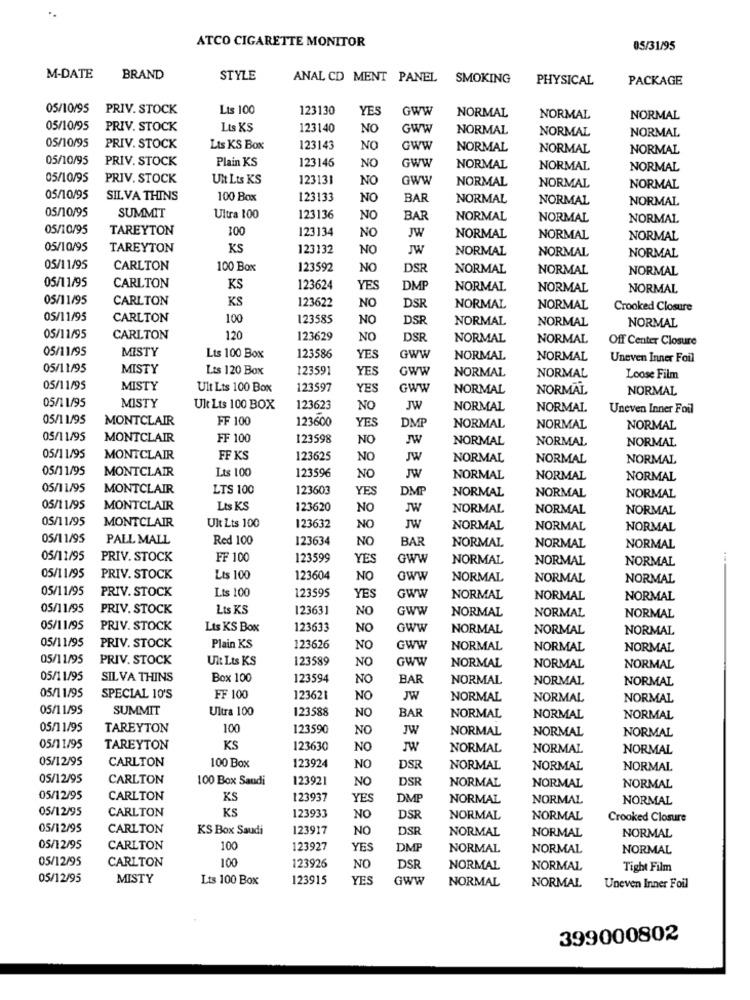
ATCO CIGARETTE MONITOR
05/31/95
M-DATE
BRAND
STYLE
ANAL CD MENT PANEL
SMOKING
PHYSICAL
PACKAGE
05/10/95 PRIV. STOCK
Lts 100
123130
YES
GWW
NORMAL
NORMAL
NORMAL
05/10/95
PRIV. STOCK
Lts KS
123140
NO
GWW
NORMAL
NORMAL
NORMAL
05/10/95
PRIV. STOCK
Lts KS Box
123143
NO
GWW
NORMAL
NORMAL
NORMAL
05/10/95
PRIV. STOCK
Plain KS
123146
GWW
NO
NORMAL
NORMAL
NORMAL
05/10/95
PRIV. STOCK
Ult Lts KS
123131
NO
GWW
NORMAL
NORMAL
NORMAL
05/10/95
SILVA THINS
100 Box
123133
NO
BAR
NORMAL
NORMAL
NORMAL
05/10/95
SUMMIT
Ultra 100
123136
NO
BAR
NORMAL
NORMAL
NORMAL
05/10/95
TAREYTON
100
123134
JW
NO
NORMAL
NORMAL
NORMAL
05/10/95
TAREYTON
KS
123132
NO
JW
NORMAL
NORMAL
NORMAL
05/11/95
CARLTON
100 Box
123592
NO
DSR
NORMAL
NORMAL
NORMAL
05/11/95
CARLTON
KS
123624
YES
DMF
NORMAL
NORMAL
NORMAL
05/11/95
CARLTON
KS
123622
NO
DSR
NORMAL
NORMAL
Crooked Closure
05/11/95
CARLTON
100
123585
NO
DSR
NORMAL
NORMAL
NORMAL
05/11/95
CARLTON
120
123629
NO
DSR
NORMAL
NORMAL
Off Center Closure
05/11/95
MISTY
Lts 100 Box
123586
YES
GWW
NORMAL
NORMAL
Uneven Inner Foil
05/11/95
MISTY
Lts 120 Box
123591
YES
GWW
NORMAL
NORMAL
Loose Film
05/11/95
MISTY
Ult Lts 100 Box
123597
YES
GWW
NORMAL
NORMAL
NORMAL
05/11/95
MISTY
Ult Lts 100 BOX
123623
NO
JW
NORMAL
NORMAL
Uneven Inner Foil
05/11/95
MONTCLAIR
FF 100
DMP
123600
YES
NORMAL
NORMAL
NORMAL
05/11/95
MONTCLAIR
FF 100
123598
NO
JW
NORMAL
NORMAL
NORMAL
05/11/95
MONTCLAIR
FF KS
123625
NO
JW
NORMAL
NORMAL
NORMAL
05/11/95
MONTCLAIR
Lts 100
123596
NO
JW
NORMAL
NORMAL
NORMAL
05/11/95
MONTCLAIR
LTS 100
123603
YES
DMP
NORMAL
NORMAL
NORMAL
05/11/95
MONTCLAIR
Lts KS
123620
NO
JW
NORMAL
NORMAL
NORMAL
OS/11/95
MONTCLAIR
JW
Ult Lts 100
123632
NO
NORMAL
NORMAL
NORMAL
05/11/95
PALL MALL
Red 100
123634
NO
BAR
NORMAL
NORMAL
NORMAL
05/11/95
PRIV. STOCK
FF 100
123599
YES
GWW
NORMAL
NORMAL
NORMAL
05/11/95
PRIV. STOCK
Lts 100
123604
NO
Gww
NORMAL
NORMAL
NORMAL
05/11/95
PRIV. STOCK
Lts 100
123595
YES
GWW
NORMAL
NORMAL
NORMAL
05/11/95
PRIV. STOCK
Lts KS
123631
NO
GWW
NORMAL
NORMAL
NORMAL
05/11/95
PRIV. STOCK
Lts KS Box
123633
NO
GWW
NORMAL
NORMAL
NORMAL
05/11/95
PRIV. STOCK
Plain KS
123626
NO
GWW
NORMAL
NORMAL
NORMAL
05/11/95
PRIV. STOCK
Ult Lts KS
123589
NO
GWW
NORMAL
NORMAL
NORMAL
05/11/95
SILVA THINS
Box 100
123594
NO
BAR
NORMAL
NORMAL
NORMAL
05/11/95
SPECIAL 10'S
FF 100
123621
NO
JW
NORMAL
NORMAL
NORMAL
05/11/95
SUMMIT
Ultra 100
123588
NO
BAR
NORMAL
NORMAL
NORMAL
05/11/95
TAREYTON
100
123590
NO
JW
NORMAL
NORMAL
NORMAL
05/11/95
TAREYTON
KS
123630
NO
NORMAL
NORMAL
NORMAL
05/12/95
CARLTON
100 Box
123924
NO
DSR
NORMAL
NORMAL
NORMAL
05/12/95
CARLTON
100 Box Saudi
123921
NO
DSR
NORMAL
NORMAL
NORMAL
05/12/95
CARLTON
KS
123937
YES
DMP
NORMAL
NORMAL
NORMAL
05/12/95
CARLTON
KS
123933
NO
DSR
NORMAL
NORMAL
Crooked Closure
05/12/95
CARLTON
KS Box Saudi
123917
NO
DSR
NORMAL
NORMAL
NORMAL
05/12/95
CARLTON
100
123927
YES
DMP
NORMAL
NORMAL
NORMAL
05/12/95
CARLTON
100
123926
NO
DSR
NORMAL
NORMAL
Tight Film
05/12/95
MISTY
Lts 100 Box
123915
YES
GWW
NORMAL
NORMAL
Uneven Inner Foil
399000802